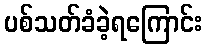
ပစ်သတ်ခံခဲ့ရကြောင်း